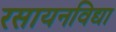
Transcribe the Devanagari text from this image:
रसायनविद्या